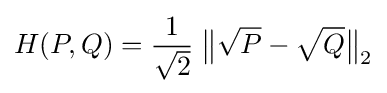
H(P,Q)={\frac {1}{\sqrt {2}}}\;{\bigl \|}{\sqrt {P}}-{\sqrt {Q}}{\bigr \|}_{2}